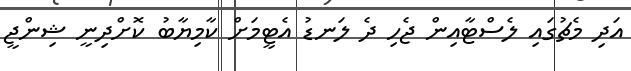
އަދި މެޗުގައި ލެސްޓާއިން ޖެހި ދެ ލަނޑު އެޓީމަށް ކާމިޔާބު ކޮށްދިނީ ޝިންޖީ